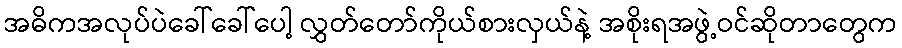
အဓိကအလုပ်ပဲခေါ်ခေါ်ပေါ့ လွှတ်တော်ကိုယ်စားလှယ်နဲ့ အစိုးရအဖွဲ့ဝင်ဆိုတာတွေက